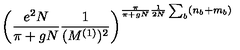
\left( \frac { e ^ { 2 } N } { \pi + g N } \frac { 1 } { ( M ^ { ( 1 ) } ) ^ { 2 } } \right) ^ { \frac { \pi } { \pi + g N } \frac { 1 } { 2 N } \sum _ { b } ( n _ { b } + m _ { b } ) }